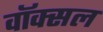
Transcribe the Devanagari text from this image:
वॉक्‍सल